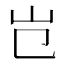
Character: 𡴼